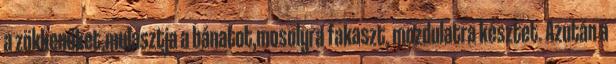
a zökkenőket,mulasztja a bánatot,mosolyra fakaszt, mozdulatra késztet. Azután a